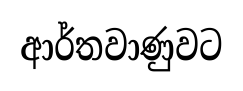
ආර්තවාණුවට